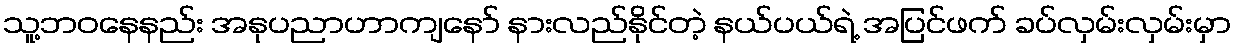
သူ့ဘဝနေနည်း အနုပညာဟာကျနော် နားလည်နိုင်တဲ့ နယ်ပယ်ရဲ့ အပြင်ဖက် ခပ်လှမ်းလှမ်းမှာ